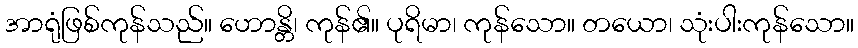
အာရုံဖြစ်ကုန်သည်။ ဟောန္တိ၊ ကုန်၏။ ပုရိမာ၊ ကုန်သော။ တယော၊ သုံးပါးကုန်သော။